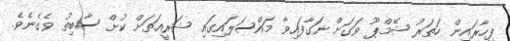
ފިހާރައިން ހަތަރު ޝޭމްޕޫ ވަގަށް ނަގާފައިވާ މައްސަލައިގައި ޝަރީއަތަށް ކުށް ސާބިތު ވެގެނެވެ.